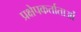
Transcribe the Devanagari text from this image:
प्रक्षेपकर्ताताओं